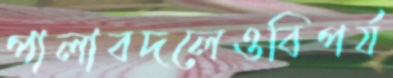
পালাবদলেওবিপর্য